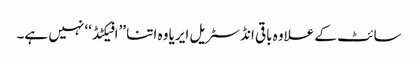
سائٹ کے علاوہ باقی انڈسٹریل ایریا وہ اتنا ’’افیکٹڈ‘‘ نہیں ہے۔